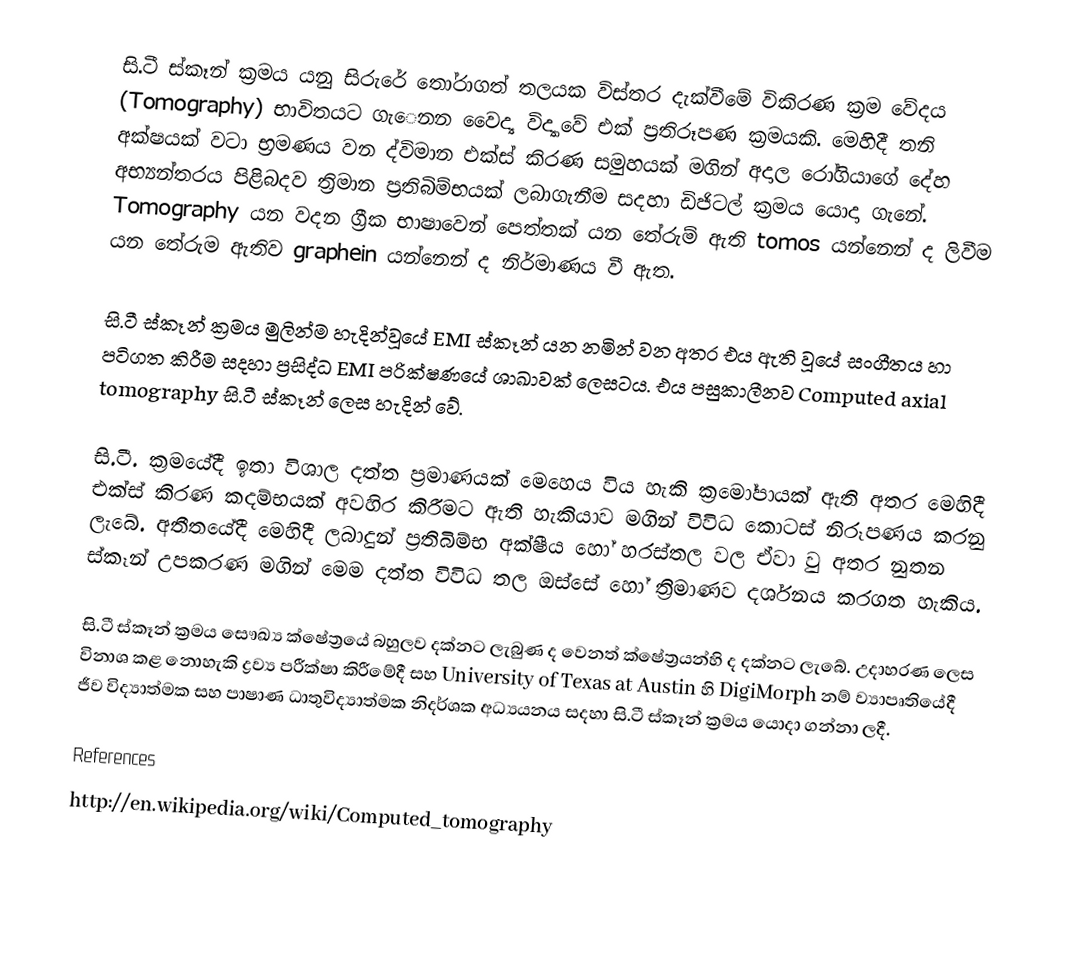
සි.ටී ස්කෑන් ක්‍රමය යනු සිරුරේ තෝරාගත් තලයක විස්තර දැක්වීමේ විකිරණ ක්‍රම වේදය (Tomography)  භාවිතයට ගැ‍ෙනන වෛද්‍ය විද්‍යාවේ එක් ප්‍රතිරූපණ ක්‍රමයකි. මෙහිදී  තනි අක්ෂයක් වටා භ්‍රමණය වන ද්විමාන එක්ස් කිරණ සමුහයක් මගින් අදාල රෝගියාගේ දේහ අභ්‍යන්තරය පිළිබදව ත්‍රිමාන ප්‍රතිබිම්භයක් ලබාගැනීම සදහා ඩිජිටල් ක්‍රමය යොදා ගැනේ. Tomography යන වදන ග්‍රීක භාෂාවෙන් පෙත්තක් යන තේරුම් ඇති tomos යන්නෙන් ද ලිවීම යන තේරුම ඇතිව graphein යන්නෙන් ද නිර්මාණය වී ඇත.

සි.ටී ස්කෑන් ක්‍රමය මුලින්ම හැදින්වූයේ EMI ස්කෑන් යන නමින් වන අතර එය ඇති වූයේ සංගීතය හා පටිගත කිරීම සදහා ප්‍රසිද්ධ EMI පරික්ෂණයේ ශාඛාවක් ලෙසටය. එය පසුකාලීනව Computed axial tomography  සි.ටී ස්කෑන් ලෙස හැදින්‍ වේ.

සි.ටී. ක්‍රමයේදී ඉතා විශාල දත්ත ප්‍රමාණයක් මෙහෙය විය හැකි ක්‍රමෝපායක් ඇති අතර මෙහිදී එක්ස් කිරණ කදම්භයක් අවහිර කිරීමට ඇති හැකියාව මගින් විවිධ කොටස් නිරූපණය කරනු ලැබේ. අතීතයේදී මෙහිදී ලබාදුන් ප්‍රතිබිම්භ අක්ෂීය හෝ හරස්තල වල ඒවා වු අතර නුතන ස්කෑන් උපකරණ මගින් මෙම දත්ත විවිධ තල ඔස්සේ හෝ ත්‍රිමාණව දර්ශනය කරගත හැකිය.

සි.ටී ස්කෑන් ක්‍රමය සෞඛ්‍ය ක්ෂේත්‍රයේ බහුලව දක්නට ලැබුණ ද වෙනත් ක්ෂේත්‍රයන්හි ද දක්නට ලැබේ. උදාහරණ ලෙස විනාශ කළ නොහැකි ද්‍රව්‍ය පරීක්ෂා කිරීමේදී සහ University of Texas at Austin හි DigiMorph නම් ව්‍යාපෘතියේදී ජීව විද්‍යාත්මක සහ පාෂාණ ධාතුවිද්‍යාත්මක නිදර්ශක අධ්‍යයනය සදහා සි.ටී ස්කෑන් ක්‍රමය යොදා ගන්නා ලදී.

References
http://en.wikipedia.org/wiki/Computed_tomography